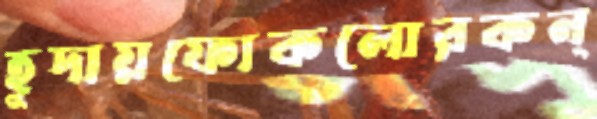
হূদায়ফোকলোরকন্